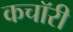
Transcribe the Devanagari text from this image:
कचॉरी